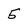
Character: 5